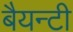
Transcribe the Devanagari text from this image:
बैयन्टी